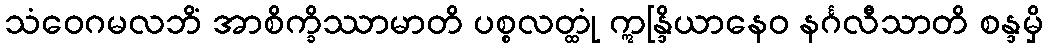
သံဝေဂမလဘိံ အာစိက္ခိဿာမာတိ ပစ္စလတ္ထုံ ဣန္ဒြိယာနေဝ နင်္ဂလီသာတိ စန္ဒမှိ